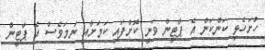
ހުށަހެޅި ކަންކަން އެ ޕާޓީން ވަނީ ކޮށްފައި ކަމަށާއި ނަމަވެސް އެ ޕާޓީން